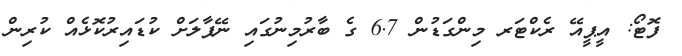
ފޮޓޯ: އީޕީއޭ ރެކްޓަރ މިންގަޑުން 6.7 ގެ ބާރުމިނުގައި ނޭޕާލަށް ކުޑައިރުކޮޅެއް ކުރިން